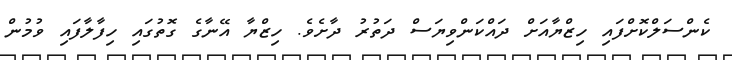
ކެންސަލްކޮށްފައި ހިޒްޔާއަށް ދައްކަންވިޔަސް ދަތުރު ދާށެވެ. ހިޒްޔާ އޭނާގެ ގޮތުގައި ހިފާލާފައި ވުމުން